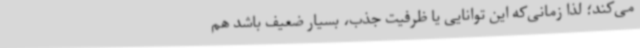
می‌کند؛ لذا زمانی‌که این توانایی یا ظرفیت جذب، بسیار ضعیف باشد هم